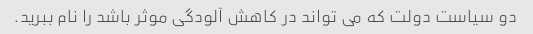
دو سیاست دولت که می تواند در کاهش آلودگی موثر باشد را نام ببرید.